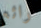
رائع